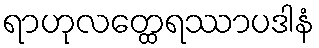
ရာဟုလတ္ထေရဿာပဒါနံ